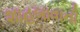
શાહબાવાની